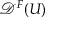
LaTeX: { \mathcal { D } } ^ { F } ( U )